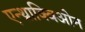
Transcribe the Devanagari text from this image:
एन्थ्राक्विओन